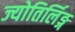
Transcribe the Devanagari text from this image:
ज्योतिर्लिङ्ग